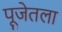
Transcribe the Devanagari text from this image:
पूजेतला